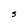
Character: S